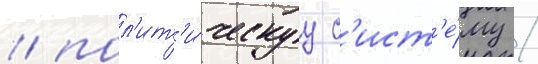
/ пол'ит'и́ческуу с'ист'е́му /